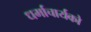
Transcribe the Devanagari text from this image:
धर्माचार्यको